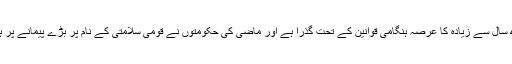
سری لنکا میں گذشتہ 40 سال سے زیادہ کا عرصہ ہنگامی قوانین کے تحت گذرا ہے اور ماضی کی حکومتوں نے قومی سلامتی کے نام پر بڑے پیمانے پر ہنگامی قوانین کا نفاذ کیا ۔